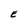
Character: E